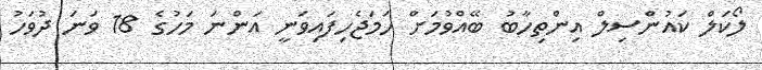
ލޯކަލް ކައުންސިލް އިންތިހާބު ބޭއްވުމަށް ހަމަޖެހިފައިވަނީ އަންނަ މަހުގެ 18 ވަނަ ދުވަހު